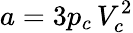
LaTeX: a=3p_{c}\, V_{c}^{2}